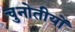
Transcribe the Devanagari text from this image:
चुनोतीयों